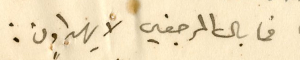
فما بال المرجعين لا يهداون :